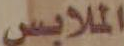
الملابس